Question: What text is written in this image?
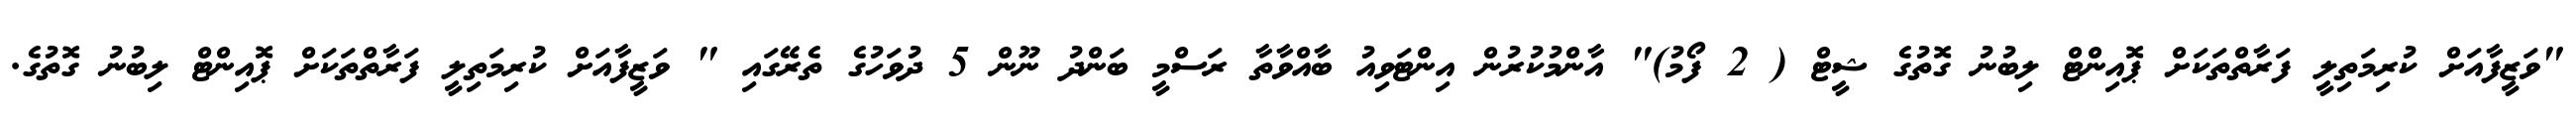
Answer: "ވަޒީފާއަށް ކުރިމަތިލީ ފަރާތްތަކަށް ޕޮއިންޓް ލިބުނު ގޮތުގެ ޝީޓް ( 2 ފޯމު)" އާންމުކުރުން އިންޓަވިއު ބާއްވާތާ ރަސްމީ ބަންދު ނޫން 5 ދުވަހުގެ ތެރޭގައި " ވަޒީފާއަށް ކުރިމަތިލީ ފަރާތްތަކަށް ޕޮއިންޓް ލިބުނު ގޮތުގެ.